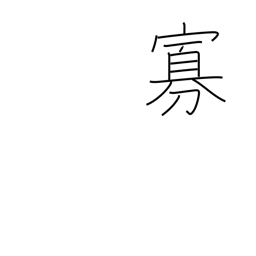
Meaning: minority